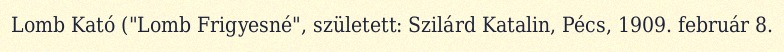
Lomb Kató ("Lomb Frigyesné", született: Szilárd Katalin, Pécs, 1909. február 8.